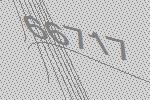
66717